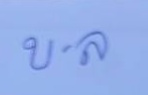
บ - ล